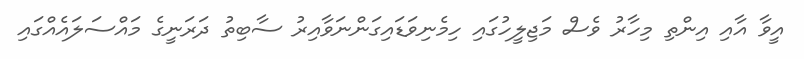
އީވާ އާއި އިންތިި މިހާރު ވެސް މަޖިލީހުގައި ހިމެނިވަޑައިގަންނަވާއިރު ސާބިތު ދަރަނީގެ މައްސަލައެއްގައި